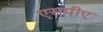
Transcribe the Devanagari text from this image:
एसपीए